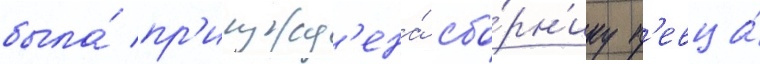
была́ пр'исужд'ена́ сбо́рн'ику п'евца́